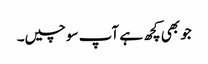
جو بھی کچھ ہے آپ سوچیں۔